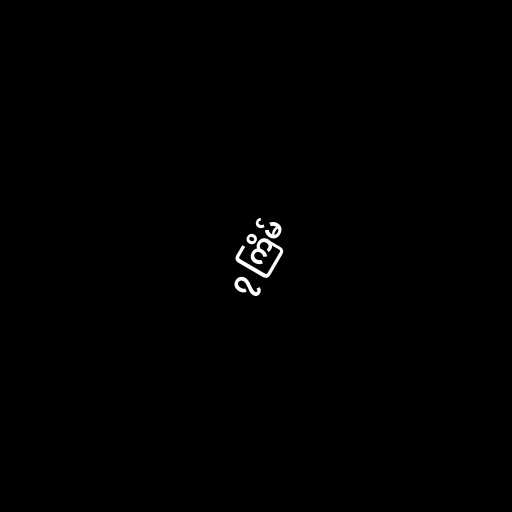
၇ ကြိမ်